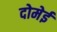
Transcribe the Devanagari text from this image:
दोमेई